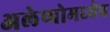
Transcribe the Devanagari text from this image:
अलेप्पोमध्येच